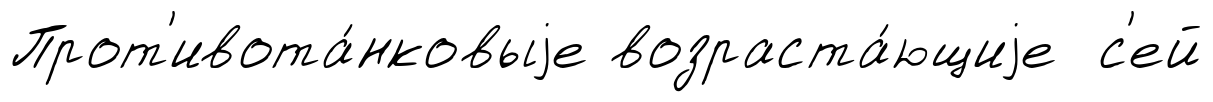
Прот'ивота́нковыjе возраста́ющиjе с'ей